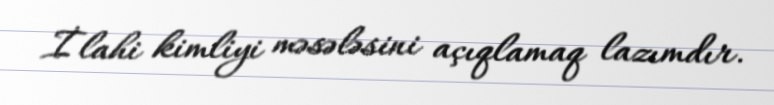
İlahi kimliyi məsələsini açıqlamaq lazımdır.